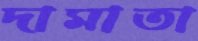
দামাতা